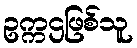
ဥက္ကဌဖြစ်သူ